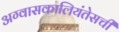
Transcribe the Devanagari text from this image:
अग्वासकालियंतेसची